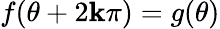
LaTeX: f(\theta+2\mathbf{k}\pi)=g(\theta)